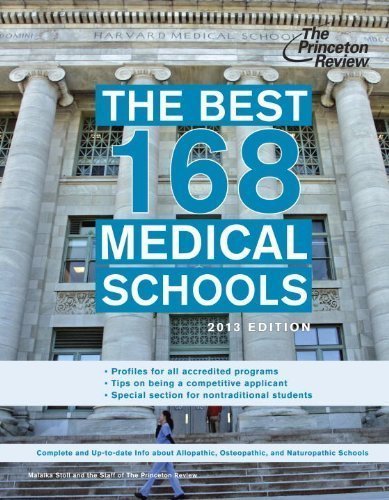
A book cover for The Best 168 Medical Schools, 2013 Edition (Graduate School Admissions Guides) by Princeton Review Published by Princeton Review 1st (first) edition (2012) Paperback; Princeton Review; Education & Teaching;